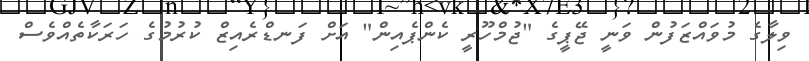
ވިލާގެ މުވައްޒަފުން ވަނީ ޖޭޕީގެ "ޖުމްހޫރީ ކެންޕެއިން" އަށް ފަނޑްރެއިޒް ކުރުމުގެ ހަރަކާތެއްވެސް